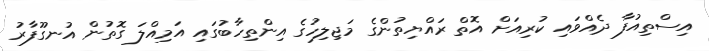
އިސްތިއުފާ ދެއްވައި ކުރިއަށް އޮތް ރައްޔިތުންގެ މަޖިލިހުގެ އިންތިހާބުގައި އަމިއްލަ ގޮތުން އުނގޫފާރު